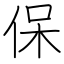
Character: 保